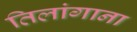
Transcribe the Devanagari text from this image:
तिलांगाना